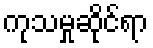
ကုသမှုဆိုင်ရာ